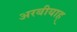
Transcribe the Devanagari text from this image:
अरबीयाह्